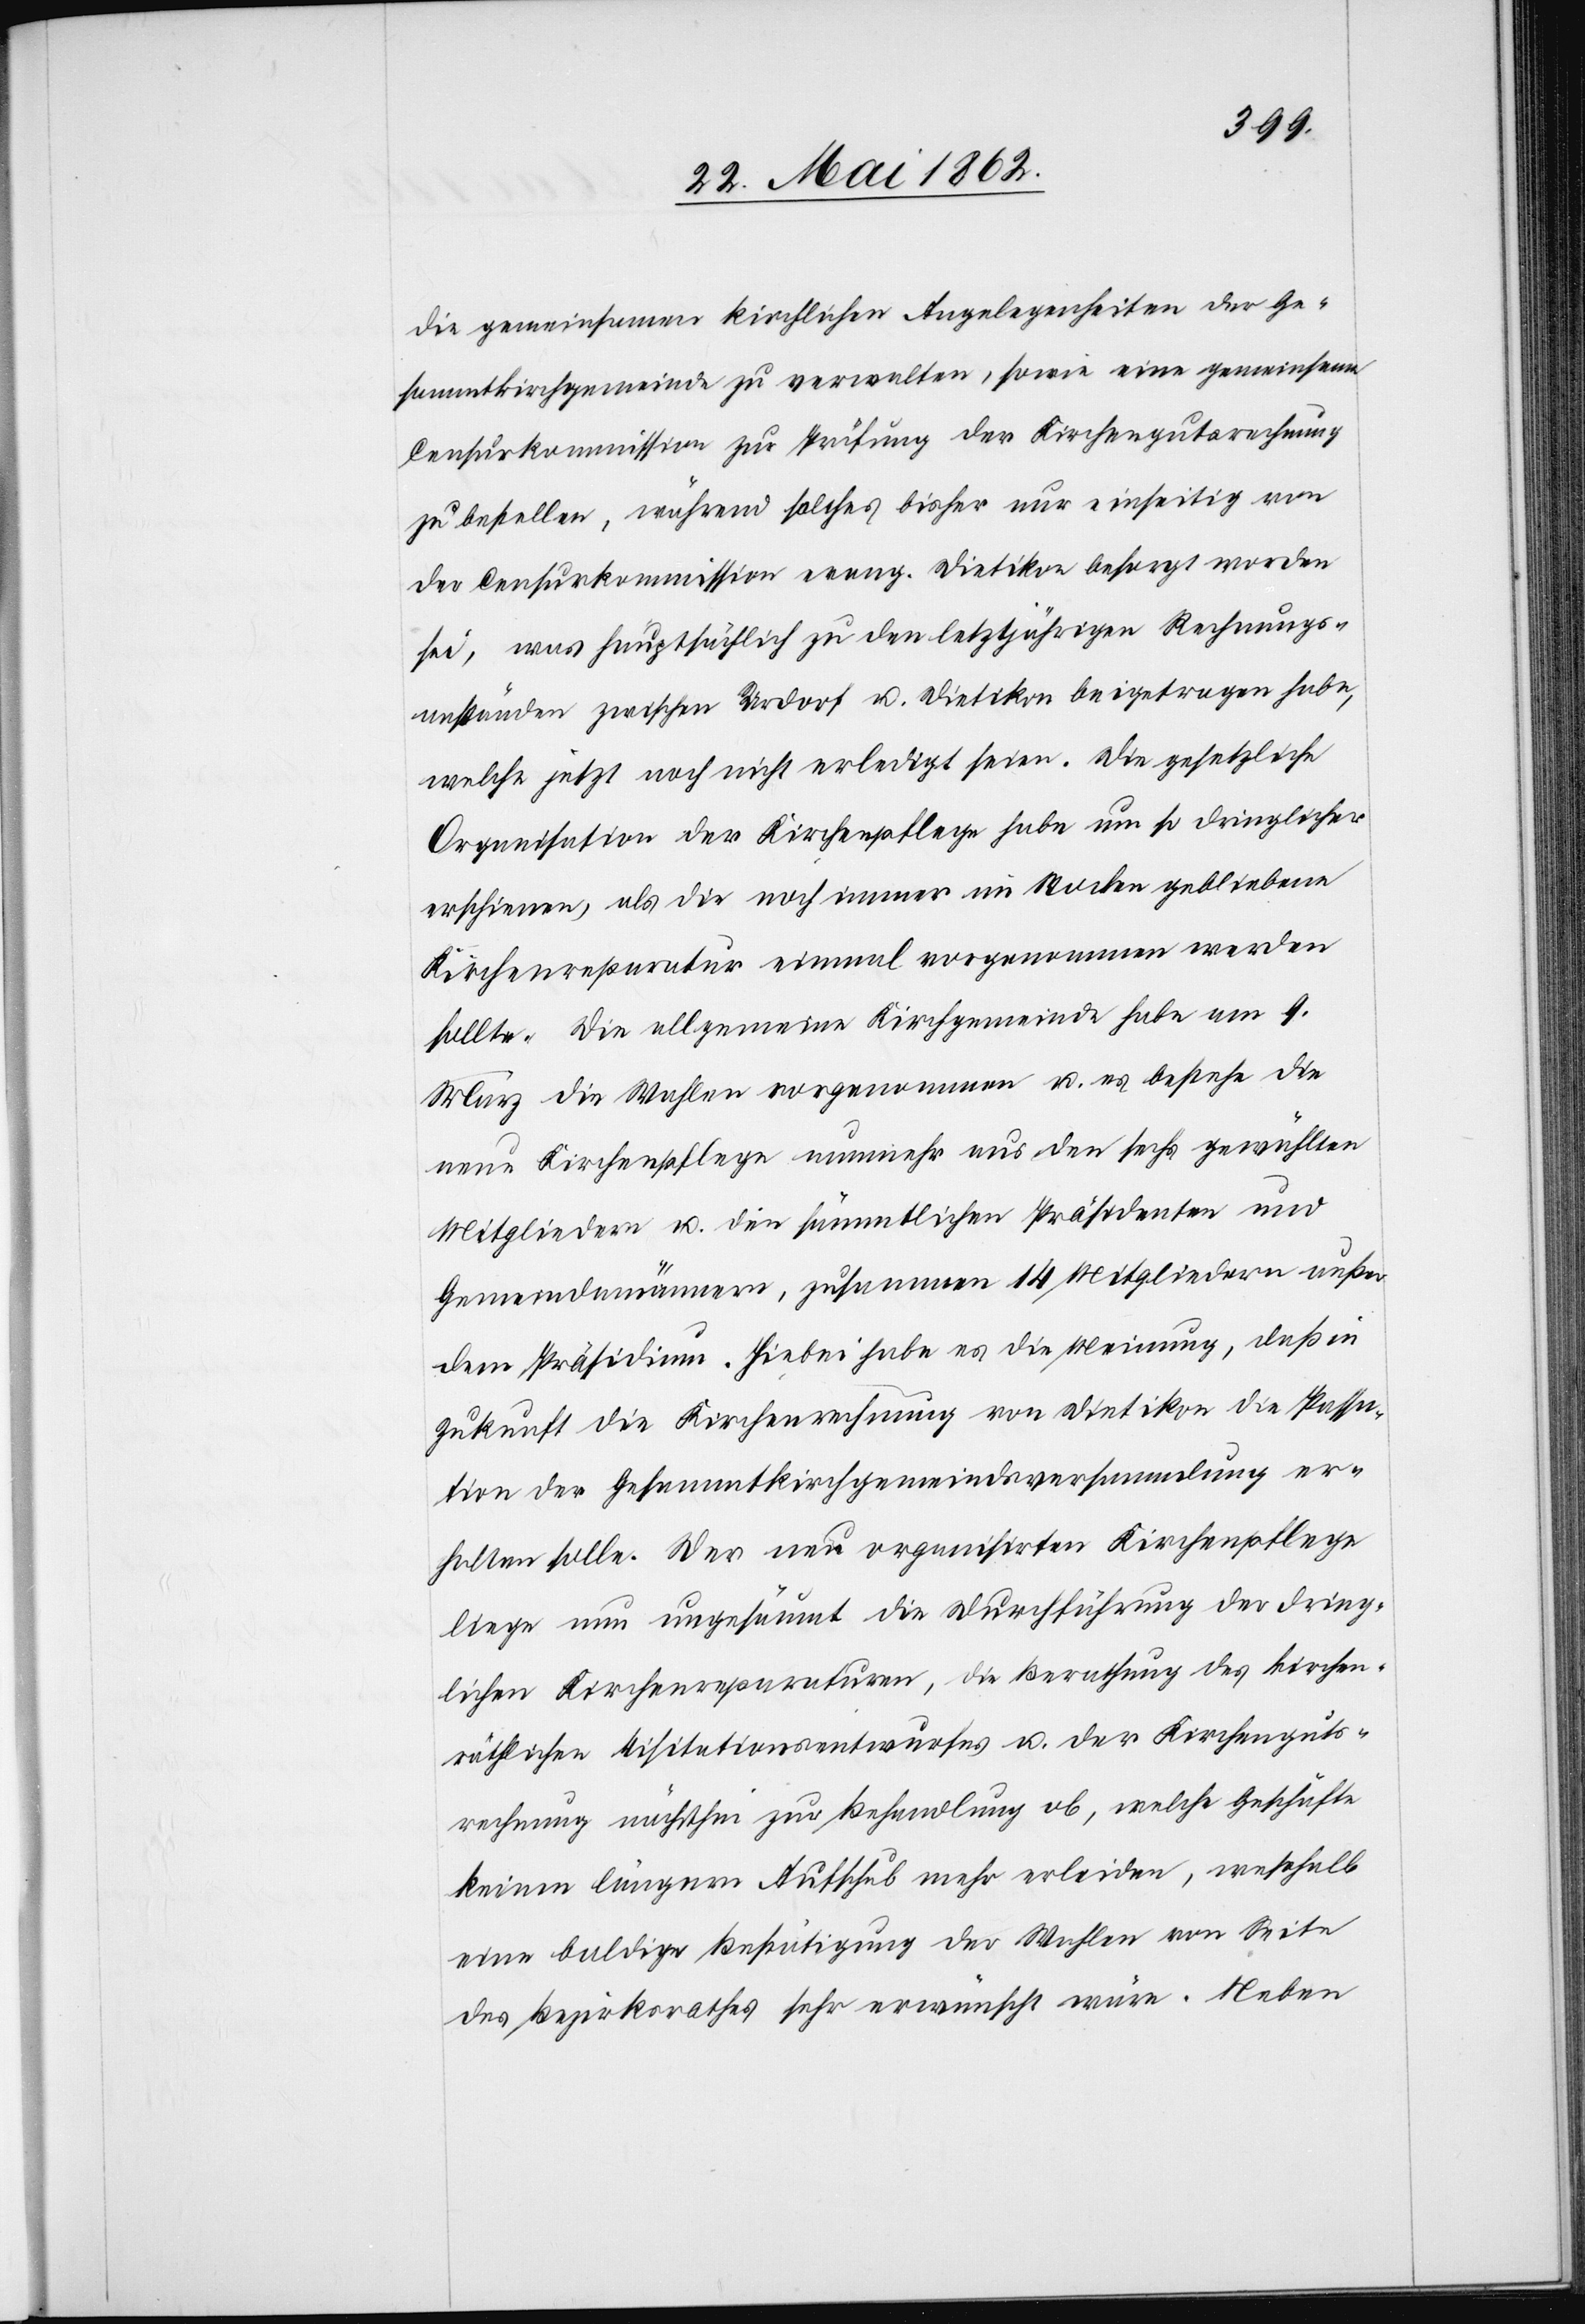
die gemeinsamen kirchlichen Angelegenheiten der Ge¬
sammtkirchengemeinde zu verwalten, sowie eine gemeinsame
Censurkommission zur Prüfung der Kirchengutsrechnung
zu bestellen, während solches bisher nur einseitig von
der Censurkommission evang. Dietikon besorgt worden
sei, was hauptsächlich zu den letztjährigen Rechnungs¬
anständen zwischen Urdorf u. Dietikon beigetragen habe,
welche jetzt noch nicht erledigt seien. Die gesetzliche
Organisation der Kirchenpflege habe um so dringlicher
erschienen, als die noch immer im Stocken gebliebene
Kirchenreparatur einmal vorgenommen werden
sollte. Die allgemeine Kirchgemeinde habe am 9.
März die Wahlen vorgenommen u. es bestehe die
neue Kirchenpflege nunmehr aus den sechs gewählten
Mitgliedern u. die sämmtlichen Präsidenten und
Gemeindemänner, zusammen 14 Mitgliedern außer
dem Präsidium. Hiebei habe es die Meinung, daß in
Zukunft die Kirchenrechnung von Dietikon die Kassa¬
tion der Gesammtkirchengemeindsversammlung er¬
halten solle. Der neu organisirten Kirchenpflege
liege nun ungesäumt die Durchführung der dring¬
lichen Kirchenreparaturen, die Berathung des kirchen¬
räthlichen Visitationsentwurfes u. der Kirchenguts¬
rechnung nächsthin zur Behandlung ob, welche Geschäfte
keinen längern Aufschub mehr erleiden, weßhalb
eine baldige Bestätigung der Wahlen von Seite
des Bezirksrathes sehr erwünscht wäre. Neben